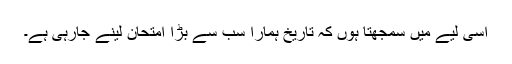
اسی لیے میں سمجھتا ہوں کہ تاریخ ہمارا سب سے بڑا امتحان لینے جارہی ہے۔